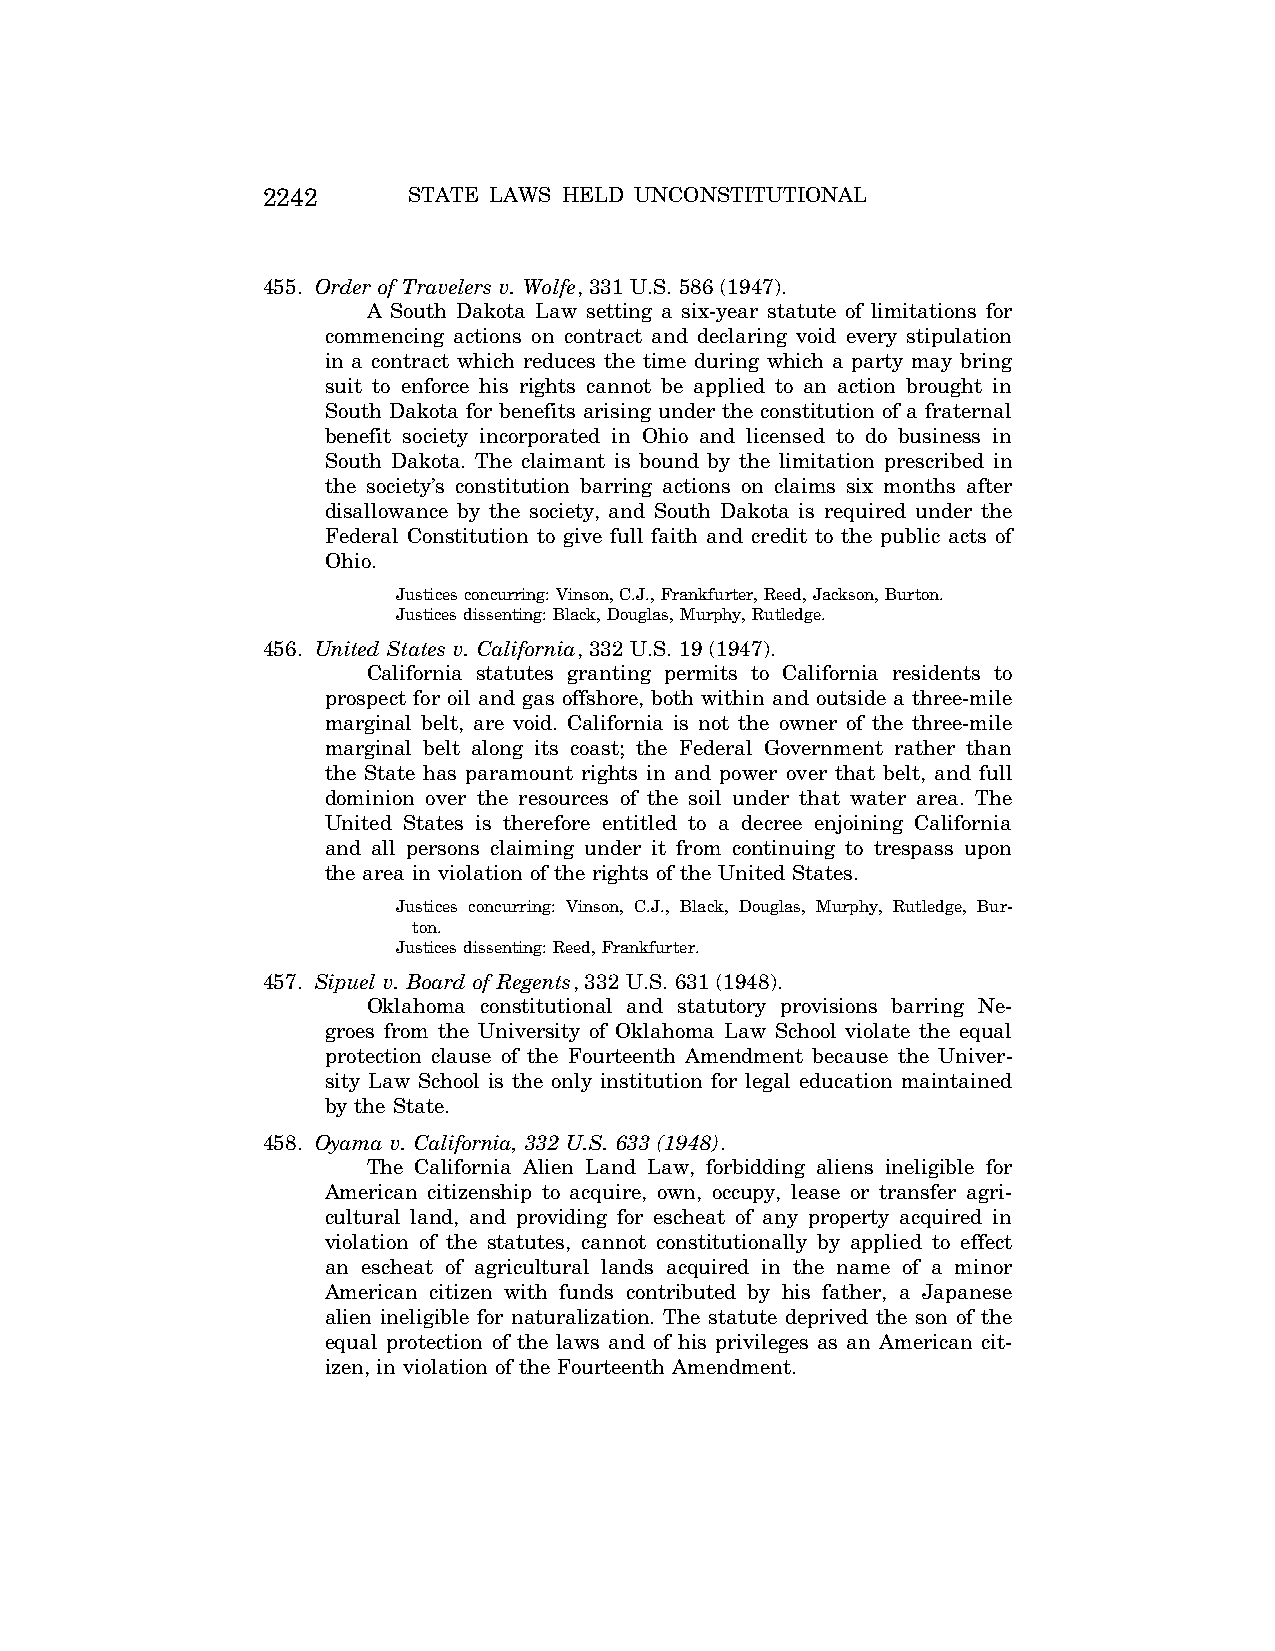
2242      STATE LAWS HELD UNCONSTITUTIONAL
 455. Order of Travelers v. Wolfe, 331 U.S. 586 (1947).
 A South Dakota Law setting a six-year statute of limitations for
 commencing actions on contract and declaring void every stipulation
 in a contract which reduces the time during which a party may bring
 suit to enforce his rights cannot be applied to an action brought in
 South Dakota for benefits arising under the constitution of a fraternal
 benefit society incorporated in Ohio and licensed to do business in
 South Dakota. The claimant is bound by the limitation prescribed in
 the society’s constitution barring actions on claims six months after
 disallowance by the society, and South Dakota is required under the
 Federal Constitution to give full faith and credit to the public acts of
 Ohio.
 Justices concurring: Vinson, C.J., Frankfurter, Reed, Jackson, Burton.
 Justices dissenting: Black, Douglas, Murphy, Rutledge.
 456. United States v. California, 332 U.S. 19 (1947).
 California statutes granting permits to California residents to
 prospect for oil and gas offshore, both within and outside a three-mile
 marginal belt, are void. California is not the owner of the three-mile
 marginal belt along its coast; the Federal Government rather than
 the State has paramount rights in and power over that belt, and full
 dominion over the resources of the soil under that water area. The
 United States is therefore entitled to a decree enjoining California
 and all persons claiming under it from continuing to trespass upon
 the area in violation of the rights of the United States.
 Justices concurring: Vinson, C.J., Black, Douglas, Murphy, Rutledge, Bur-
 ton.
 Justices dissenting: Reed, Frankfurter.
 457. Sipuel v. Board of Regents, 332 U.S. 631 (1948).
 Oklahoma constitutional and statutory provisions barring Ne-
 groes from the University of Oklahoma Law School violate the equal
 protection clause of the Fourteenth Amendment because the Univer-
 sity Law School is the only institution for legal education maintained
 by the State.
 458. Oyama v. California, 332 U.S. 633 (1948).
 The California Alien Land Law, forbidding aliens ineligible for
 American citizenship to acquire, own, occupy, lease or transfer agri-
 cultural land, and providing for escheat of any property acquired in
 violation of the statutes, cannot constitutionally by applied to effect
 an escheat of agricultural lands acquired in the name of a minor
 American citizen with funds contributed by his father, a Japanese
 alien ineligible for naturalization. The statute deprived the son of the
 equal protection of the laws and of his privileges as an American cit-
 izen, in violation of the Fourteenth Amendment.
 VerDate Aug<04>2004 12:57 Aug 23, 2004 Jkt 077500 PO 00000 Frm 00082 Fmt 8222 Sfmt 8222 C:\CONAN\CON064.SGM PRFM99 PsN: CON064